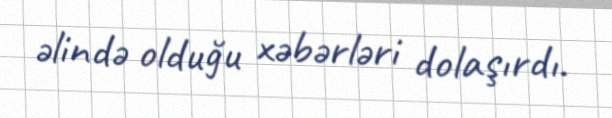
əlində olduğu xəbərləri dolaşırdı.